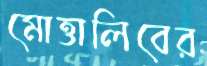
মোত্তালিবের